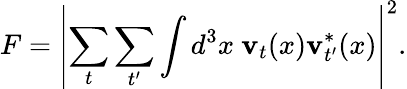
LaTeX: F=\left|\sum_{t}\sum_{t^{\prime}}\int d^{3}x\ \textbf{v}_{t}(x)\textbf{v}_{t^{\prime}}^{*}(x)\right|^{2}.